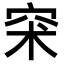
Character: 𥥇